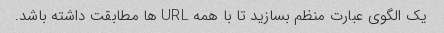
یک الگوی عبارت منظم بسازید تا با همه URL ها مطابقت داشته باشد.